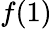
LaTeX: f(1)